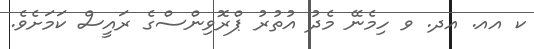
ކ އއ. އދ. ވ ހިމެނޭ މެދު އުތުރު ޕްރޮވިންސްގެ ރައީސް ކަމަށެވެ.